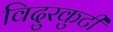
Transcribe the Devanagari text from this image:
विदुरकुटी